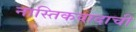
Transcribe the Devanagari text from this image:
नास्तिकवादाची